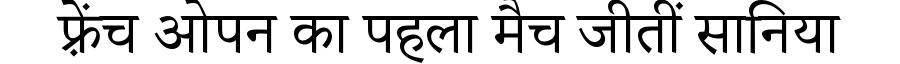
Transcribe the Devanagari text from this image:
फ़्रेंच ओपन का पहला मैच जीतीं सानिया